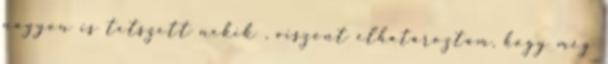
nagyon is tetszett nekik , viszont elhatároztam, hogy még